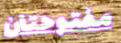
مفتوحتان